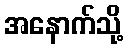
အနောက်သို့